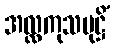
အလ္လကုသမုဋ္ဌိံ